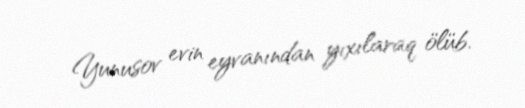
Yunusov evin eyvanından yıxılaraq ölüb.